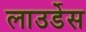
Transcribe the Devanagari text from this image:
लाउर्डेस